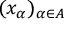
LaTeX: ( x _ { \alpha } ) _ { \alpha \in A }